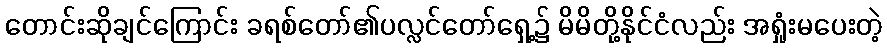
တောင်းဆိုချင်ကြောင်း ခရစ်တော်၏ပလ္လင်တော်ရှေ့၌ မိမိတို့နိုင်ငံလည်း အရှုံးမပေးတဲ့